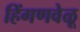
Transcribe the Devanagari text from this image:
हिंगणवेळू